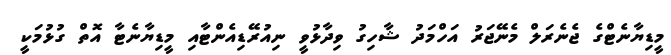
މީޑިޔާނެޓްގެ ޖެނެރަލް މެނޭޖަރު އަހްމަދު ޝާހިގު ވިދާޅުވީ ނިއުރޭޑިއެންޓާއި މީޑިޔާނެޓާ އޮތް ގުޅުމަކީ